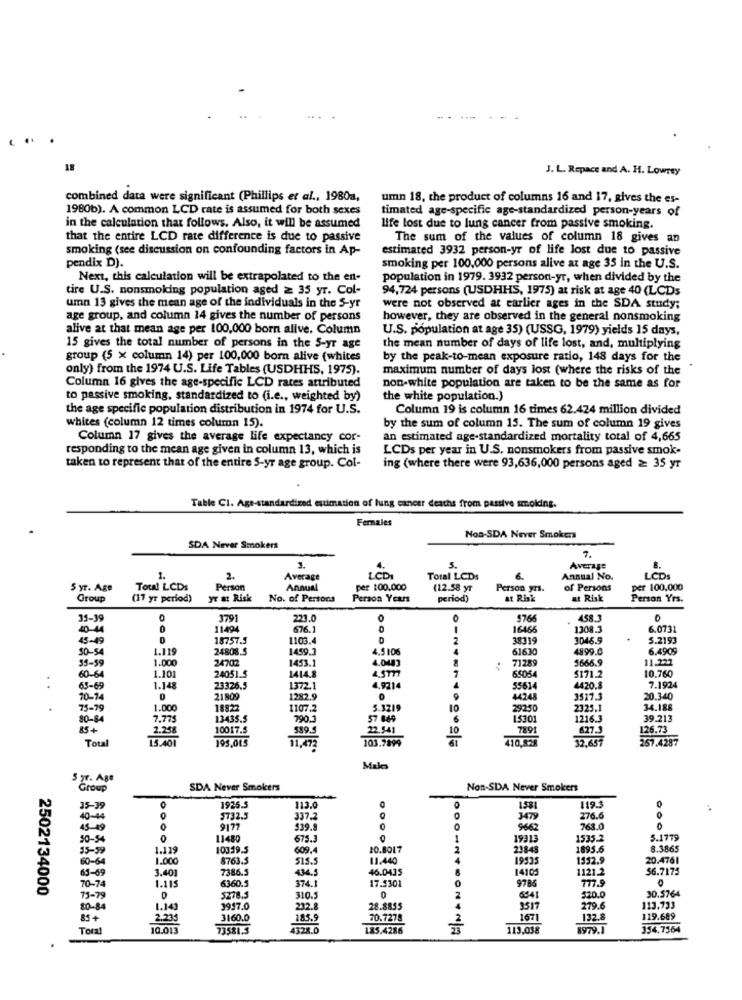
18
J. L. Repace and A. H. Lowrey
combined data were significant (Phillips et al ., 1980a,
umn 18, the product of columns 16 and 17, gives the es-
1980b). A common LCD rate is assumed for both sexes
timated age-specific age-standardized person-years of
in the calculation that follows. Also, it will be assumed
life lost due to lung cancer from passive smoking.
that the entire LCD rate difference is due to passive
The sum of the values of column 18 gives an
smoking (see discussion on confounding factors in Ap-
estimated 3932 person-yr of life lost due to passive
pendix D).
smoking per 100,000 persons alive at age 35 in the U.S.
Next, this calculation will be extrapolated to the en-
population in 1979. 3932 person-yr, when divided by the
tire U.S. nonsmoking population aged ≥ 35 yr. Col-
94,724 persons (USDHHS, 1975) at risk at age 40 (LCDs
umn 13 gives the mean age of the individuals in the S-yr
were not observed at earlier ages in the SDA study;
age group, and column 14 gives the number of persons
however, they are observed in the general nonsmoking
alive at that mean age per 100,000 born alive. Column
U.S. population at age 35) (USSG, 1979) yields 15 days,
15 gives the total number of persons in the 5-yr age
the mean number of days of life lost, and, multiplying
group (5 x column 14) per 100,000 born alive (whites
by the peak-to-mean exposure ratio, 148 days for the
only) from the 1974 U.S. Life Tables (USDHHS, 1975).
maximum number of days lost (where the risks of the
Column 16 gives the age-specific LCD rates attributed
non-white population are taken to be the same as for
to passive smoking, standardized to (i.e ., weighted by)
the white population.)
the age specific population distribution in 1974 for U.S.
Column 19 is column 16 times 62.424 million divided
whites (column 12 times column 15).
by the sum of column 15. The sum of column 19 gives
Column 17 gives the average life expectancy cor-
an estimated age-standardized mortality total of 4,665
responding to the mean age given in column 13, which is
LCDs per year in U.S. nonsmokers from passive smok-
taken to represent that of the entire S-yr age group. Col-
ing (where there were 93,636,000 persons aged ≥ 35 yr
Table Cl. Age-standardized estimation of lung cancer deaths from passive smoking.
Females
Non-SDA Never Smokers
SDA Never Smokers
7.
5.
Average
1.
2.
Average
LCD1
Total LCD:
6.
Annual No.
LCDs
5 yr. Age
Total LCDs
Person
Annual
per 100.000
(12.58 yr
Person yrı.
of Persons
per 100,000
Group
(17 yr period)
yr at Risk
No. of Persons
Person Years
period)
at Risk
at Risk
Person Yrs.
35-39
0
3791
223.0
576
458.3
40-44
11494
676.1
16468
1308.3
6.0731
45-49
D
18757.5
1103.4
2
38319
3046.9
5.2193
50-54
1.119
24808.5
1459.3
4.5 106
61630
4899.0
6.4909
55-59
1.000
24702
1453.1
4.0443
71289
5666.9
11.232
4.5777
$171.2
10.760
60-64
1.101
24051.5
1414.8
7
65054
63-69
1.14
23326.5
1372.1
55614
4420.8
7.1924
10-14
0
21809
1282.9
0
424
3517.3
20.340
75-79
1.00
1892
1107.2
5.3219
10
29250
2325.1
34.188
80-84
7.775
13435.5
790.3
57 649
15301
1216.3
39.213
85+
2.258
10017.5
22.541
7891
627.3
126.73
74401
195,015
5893
103.7899
· - N ****-----
410,828
32.657
267.4287
Total
Malo
5 yr. Age
Group
SDA Never Smokers
Non-SDA Never Smokers
0
35-39
1925.5
113.0
1581
119.3
0
40-44
5732.5
337.2
3479
276.6
45-19
9177
$39.8
9662
763.0
30-54
0
11480
675.3
19313
1533.2
5.1779
35-59
1.119
10319.5
609.4
10.8017
23848
1895.6
8.3865
60-64
1.000
8763.5
SIS.S
11.440
19535
1552.9
20.4761
65-69
3.40
7386.5
434.5
46.0435
14105
1121.2
56.7175
70-74
1.115
6360.5
374.1
17.5301
777.9
2502134000
9786
30.5764
73-79
5278.5
310.5
0
6541
$20.0
80-84
1.143
3957.0
232.8
28.8855
3517
279.6
113.733
85+
2.235
3160.0
185.9
70.7278
1671
132.8
119.689
Toral
10.013
73581.5
185.4286
113,038
8979.1
354.7564
-